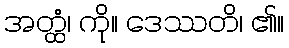
အတ္ထံ၊ ကို။ ဒေဿတိ၊ ၏။